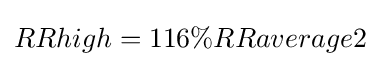
RRhigh=116\%RRaverage2